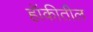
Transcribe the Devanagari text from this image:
हॉकीतील